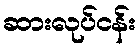
ဆားလုပ်ငန်း